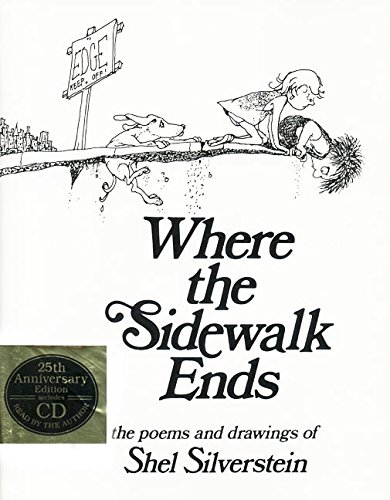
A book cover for Where the Sidewalk Ends: The Poems and Drawings of Shel Silverstein (25th Anniversary Edition Book & CD); Shel Silverstein; Children's Books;